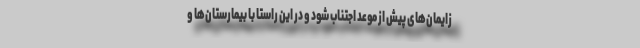
زایمان‌های پیش از موعد اجتناب شود و در این راستا با بیمارستان‌ها و